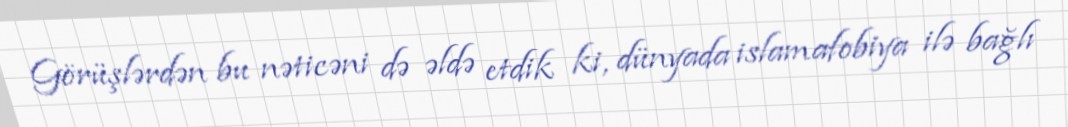
Görüşlərdən bu nəticəni də əldə etdik ki, dünyada islamafobiya ilə bağlı